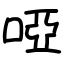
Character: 啞